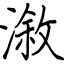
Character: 漵